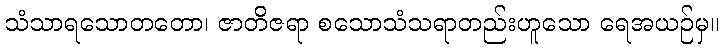
သံသာရသောတတော၊ ဇာတိဇရာ စသောသံသရာတည်းဟူသော ရေအယဉ်မှ။